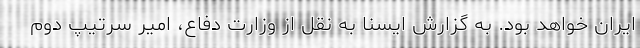
ایران خواهد بود. به گزارش ایسنا به نقل از وزارت دفاع، امیر سرتیپ دوم